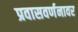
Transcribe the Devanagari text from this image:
प्रवासवर्णनावर